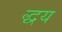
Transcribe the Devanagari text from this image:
द्धय